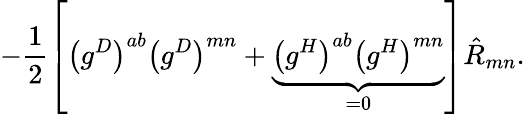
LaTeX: -\frac{1}{2}\left[\left(g^{D}\right)^{ab}\left(g^{D}\right)^{mn}+\underbrace{\left(g^{H}\right)^{ab}\left(g^{H}\right)^{mn}}_{=0}\right]\hat{R}_{mn}.